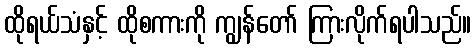
ထိုရယ်သံနှင့် ထိုစကားကို ကျွန်တော် ကြားလိုက်ရပါသည်။